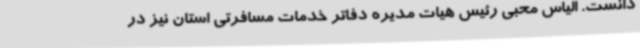
دانست. الیاس محبی رئیس هیات مدیره دفاتر خدمات مسافرتی استان نیز در